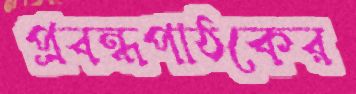
প্রবন্ধপাঠকের